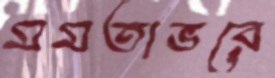
মমতাভরে